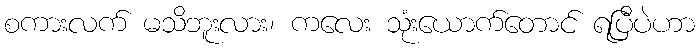
စကားလက် မသိဘူးလား၊ ကလေး သုံးယောက်တောင် ရပြီပဲဟာ